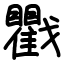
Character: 戵